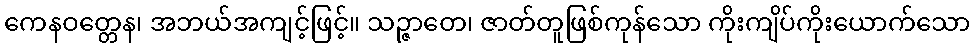
ကေနဝတ္တေန၊ အဘယ်အကျင့်ဖြင့်။ သဉ္ဇာတေ၊ ဇာတ်တူဖြစ်ကုန်သော ကိုးကျိပ်ကိုးယောက်သော